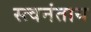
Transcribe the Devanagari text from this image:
स्त्वनंताय